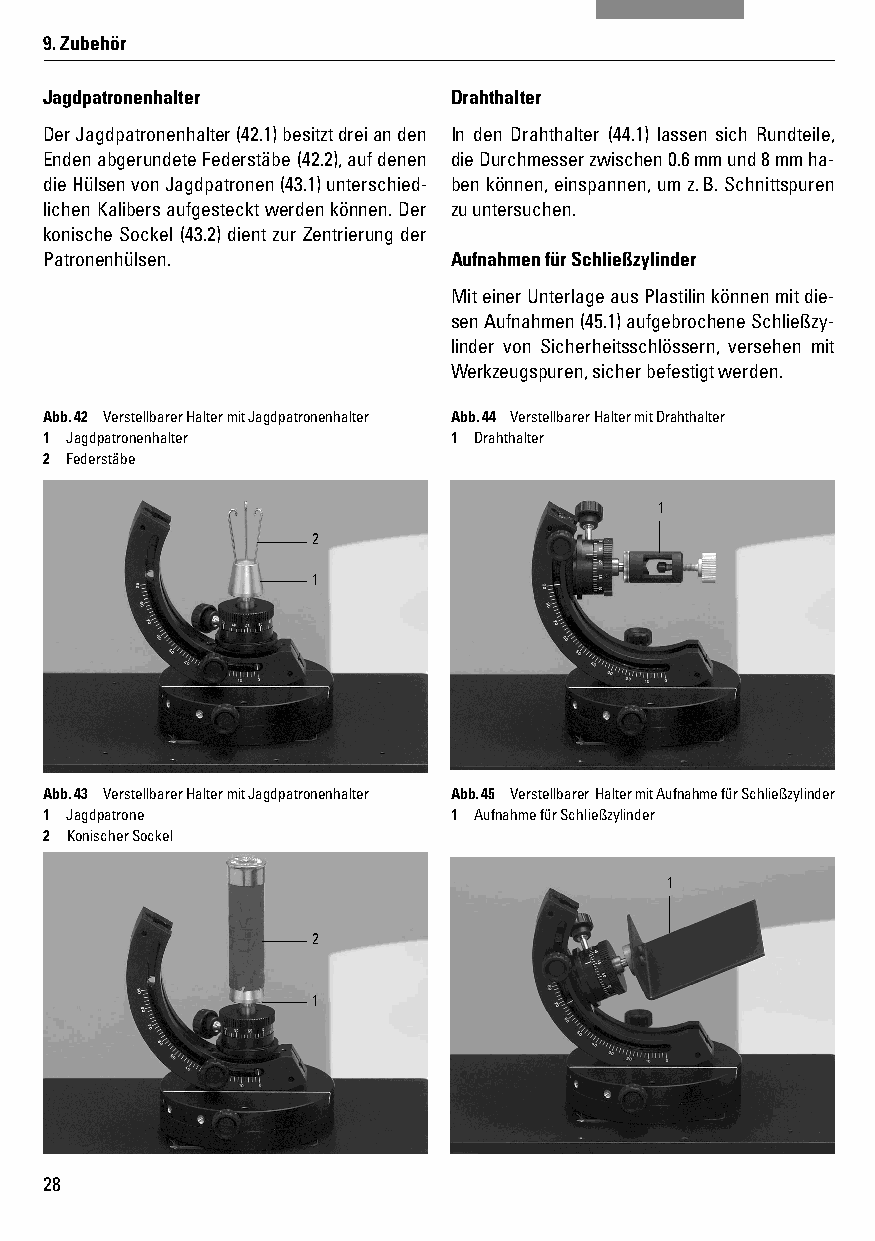
9. Zubehör
 Jagdpatronenhalter         Drahthalter
 Der Jagdpatronenhalter (42.1) besitzt drei an den In den Drahthalter (44.1) lassen sich Rundteile,
 Enden abgerundete Federstäbe (42.2), auf denen die Durchmesser zwischen 0.6 mm und 8 mm ha-
 die Hülsen von Jagdpatronen (43.1) unterschied- ben können, einspannen, um z. B. Schnittspuren
 lichen Kalibers aufgesteckt werden können. Der zu untersuchen.
 konische Sockel (43.2) dient zur Zentrierung der
 Patronenhülsen.            Aufnahmen für Schließzylinder
 Mit einer Unterlage aus Plastilin können mit die-
 sen Aufnahmen (45.1) aufgebrochene Schließzy-
 linder von Sicherheitsschlössern, versehen mit
 Werkzeugspuren, sicher befestigt werden.
 Abb. 42 Verstellbarer Halter mit Jagdpatronenhalter Abb. 44 Verstellbarer Halter mit Drahthalter
 1 Jagdpatronenhalter       1 Drahthalter
 2 Federstäbe
 1
 2
 1
 Abb. 43 Verstellbarer Halter mit Jagdpatronenhalter Abb. 45 Verstellbarer Halter mit Aufnahme für Schließzylin der
 1 Jagdpatrone              1 Aufnahme für Schließzylinder
 2 Konischer Sockel
 1
 2
 1
 28